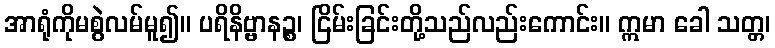
အာရုံကိုမစွဲလမ်မူ၍။ ပရိနိဗ္ဗာနဉ္စ၊ ငြိမ်းခြင်းတို့သည်လည်းကောင်း။ ဣမာ ခေါ သတ္တ၊